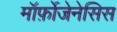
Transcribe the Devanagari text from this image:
मॉर्फ़ोजेनेसिस